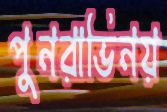
পুনরাভিনয়